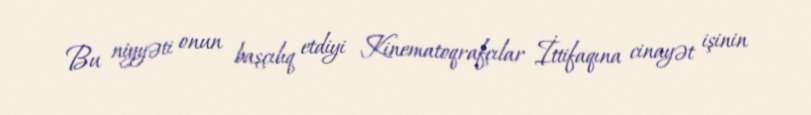
Bu niyyəti onun başçılıq etdiyi Kinematoqrafçılar İttifaqına cinayət işinin